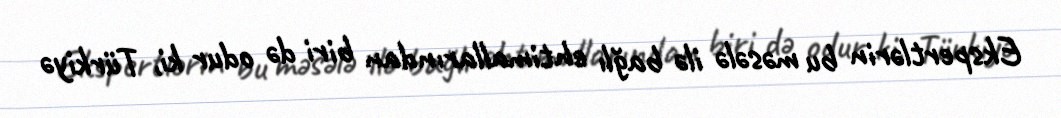
Ekspertlərin bu məsələ ilə bağlı ehtimallarından biri də odur ki, Türkiyə